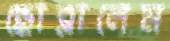
ছোব্‌লালেম